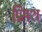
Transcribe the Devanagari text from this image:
प्र्सिश